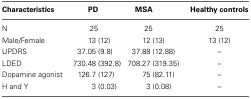
<table><thead><tr><td><b>Characteristics</b></td><td><b>PD</b></td><td><b>MSA</b></td><td><b>Healthy controls</b></td></tr></thead><tbody><tr><td>N</td><td>25</td><td>25</td><td>25</td></tr><tr><td>Male/Female</td><td>13 (12)</td><td>12 (13)</td><td>13 (12)</td></tr><tr><td>UPDRS</td><td>37.05 (9.8)</td><td>37.88 (12.88)</td><td>–</td></tr><tr><td>LDED</td><td>730.48 (392.8)</td><td>708.27 (319.35)</td><td>–</td></tr><tr><td>Dopamine agonist</td><td>126.7 (127)</td><td>75 (82.11)</td><td>–</td></tr><tr><td>H and Y</td><td>3 (0.03)</td><td>3 (0.08)</td><td>–</td></tr></tbody></table>